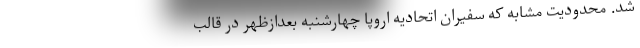
شد. محدودیت مشابه که سفیران اتحادیه اروپا چهارشنبه بعدازظهر در قالب